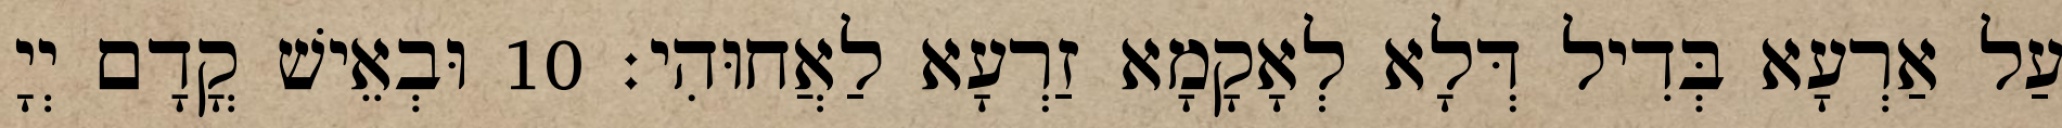
עַל אַרְעָא בְּדִיל דְּלָא לְאָקָמָא זַרְעָא לַאֲחוּהִי׃ 10 וּבְאֵישׁ קֳדָם יְיָ